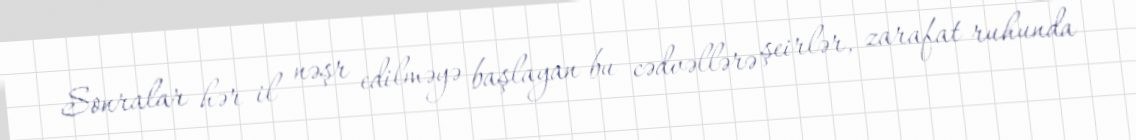
Sonralar hər il nəşr edilməyə başlayan bu cədvəllərə şeirlər, zarafat ruhunda